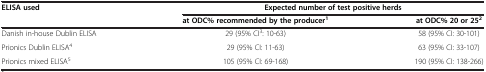
<table><thead><tr><td rowspan="2"><b>ELISA used</b></td><td colspan="2"><b>Expected number of test positive herds</b></td></tr><tr><td><b>at ODC% recommended by the producer<sup>1</sup></b></td><td><b>at ODC% 20 or 25<sup>2</sup></b></td></tr></thead><tbody><tr><td>Danish in-house Dublin ELISA</td><td>29 (95% CI<sup>3</sup>: 10-63)</td><td>58 (95% CI: 30-101)</td></tr><tr><td>Prionics Dublin ELISA<sup>4</sup></td><td>29 (95% CI: 11-63)</td><td>63 (95% CI: 33-107)</td></tr><tr><td>Prionics mixed ELISA<sup>5</sup></td><td>105 (95% CI: 69-168)</td><td>190 (95% CI: 138-266)</td></tr></tbody></table>